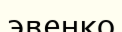
эвенко